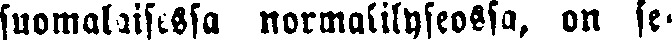
suomalaisessa normalilyseossa, on se-